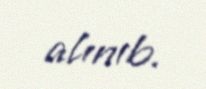
alınıb.